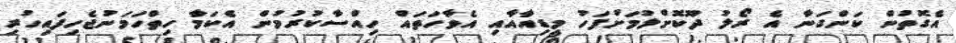
އެގޮތުން ކަންގަނާ އެ ރޯލު ދޫކޮށްލުމަށްފަހު މީޑިއާއާއި އެވާހަަތައް ހިއްސާކުރުމުން އެކަމާ ހިތްހަމަނުޖެހިފައިހުރި